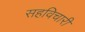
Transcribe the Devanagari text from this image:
सहविचारी